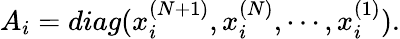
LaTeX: A_{i}=diag(x_{i}^{(N+1)},x_{i}^{(N)},\cdots,x_{i}^{(1)}).